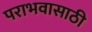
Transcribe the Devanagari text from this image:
पराभवासाठी